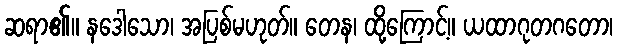
ဆရာ၏။ နဒေါသော၊ အပြစ်မဟုတ်။ တေန၊ ထို့ကြောင့်။ ယထာဂုတဂတော၊